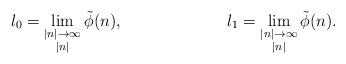
LaTeX: \begin{align*}l_0&=\lim_{\substack{|n|\to\infty \\ |n|}}\tilde{\phi}(n), & l_1&=\lim_{\substack{|n|\to\infty \\ |n|}}\tilde{\phi}(n).\end{align*}